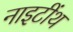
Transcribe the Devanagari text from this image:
नाइटींथ